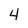
Character: 4